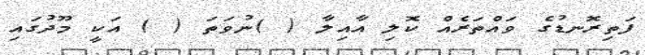
ފަތިރޮނޑުގެ ވައްތަރެއް ކޮލި އާއިލާ ( )ނުވަތަ ( ) އަކީ މޫދުގައި